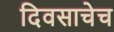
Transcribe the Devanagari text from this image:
दिवसाचेच